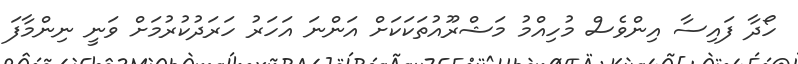
ހޯދާ ފައިސާ އިންވެސް މުހިއްމު މަޝްރޫއުތަކަކަށް އަންނަ އަހަރު ހަރަދުކުރުމަށް ވަނީ ނިންމާފަ